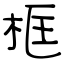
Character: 框